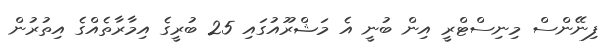
ފިނޭންސް މިނިސްޓްރީ އިން ބުނީ އެ މަޝްރޫއުގައި 25 ބުރީގެ އިމާރާތެއްގެ އިތުރުން